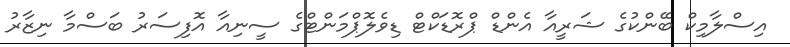
އިސްލާމިކް ބޭންކުގެ ޝަރީއާ އެންޑް ޕްރޮޑަކްޓް ޑިވެލޮޕްމަންޓްގެ ސީނިއާ އޮފިސަރު ބަސްމާ ނިޒާރު